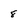
Character: 8